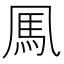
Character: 𩡫